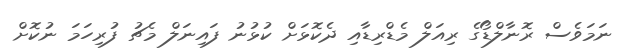
ނަމަވެސް ރޮނާލްޑޯގެ ރިއަލް މެޑްރިޑާއި ދެކޮޅަށް ކުޅުނު ފައިނަލް މެޗު ފުރިހަމަ ނުކޮށް